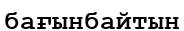
бағынбайтын